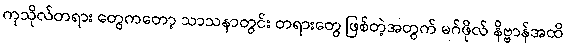
ကုသိုလ်တရား တွေကတော့ သာသနာတွင်း တရားတွေ ဖြစ်တဲ့အတွက် မဂ်ဖိုလ် နိဗ္ဗာန်အထိ